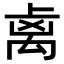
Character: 𥜾